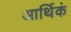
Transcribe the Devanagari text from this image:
आर्थिकं